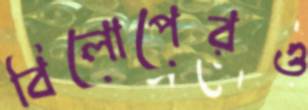
বিলোপেরও